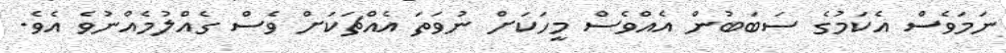
ނަމަވެސް އެކަމުގެ ސަބަބުން އެއްވެސް މީހަކަށް ނުވަތަ އެއްޗަކަށް ވެސް ގެއްލުމެއްނުވެ އެވެ.